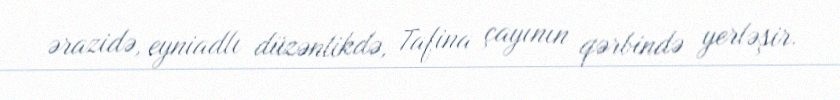
ərazidə, eyniadlı düzənlikdə, Tafina çayının qərbində yerləşir.